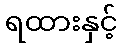
ရထားနှင့်